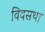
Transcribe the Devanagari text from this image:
विवसथा